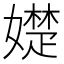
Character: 𡢟